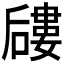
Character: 𱕎